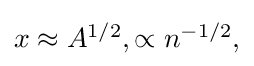
{\textstyle x\approx A^{1/2},\propto n^{-1/2},}